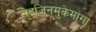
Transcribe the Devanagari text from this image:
सेइजिनमुकेमांगा